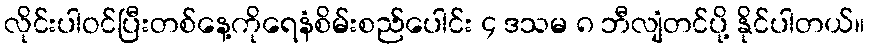
လိုင်းပါဝင်ပြီးတစ်နေ့ကိုရေနံစိမ်းစည်ပေါင်း ၄ ဒသမ ၈ ဘီလျံတင်ပို့ နိုင်ပါတယ်။